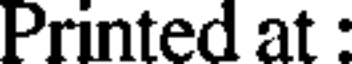
Printed at :